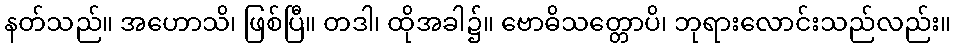
နတ်သည်။ အဟောသိ၊ ဖြစ်ပြီ။ တဒါ၊ ထိုအခါ၌။ ဗောဓိသတ္တောပိ၊ ဘုရားလောင်းသည်လည်း။